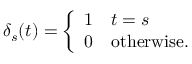
\delta _ { s } ( t ) = { \left\{ \begin{array} { l l } { 1 } & { t = s } \\ { 0 } & { { \mathrm { o t h e r w i s e . } } } \end{array} \right. }